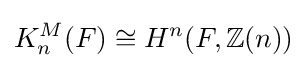
K_{n}^{M}(F)\cong H^{n}(F,\mathbb {Z} (n))